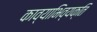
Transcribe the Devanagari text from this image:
काव्याभिव्यक्ति